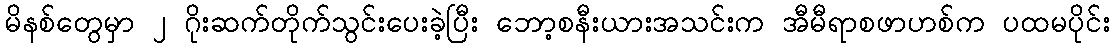
မိနစ်တွေမှာ ၂ ဂိုးဆက်တိုက်သွင်းပေးခဲ့ပြီး ဘော့စနီးယားအသင်းက အီမီရာစဖာဟစ်က ပထမပိုင်း